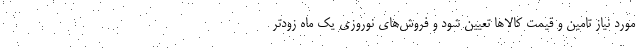
مورد نیاز تامین و قیمت کالاها تعیین شود و فروش‌های نوروزی یک ماه زودتر